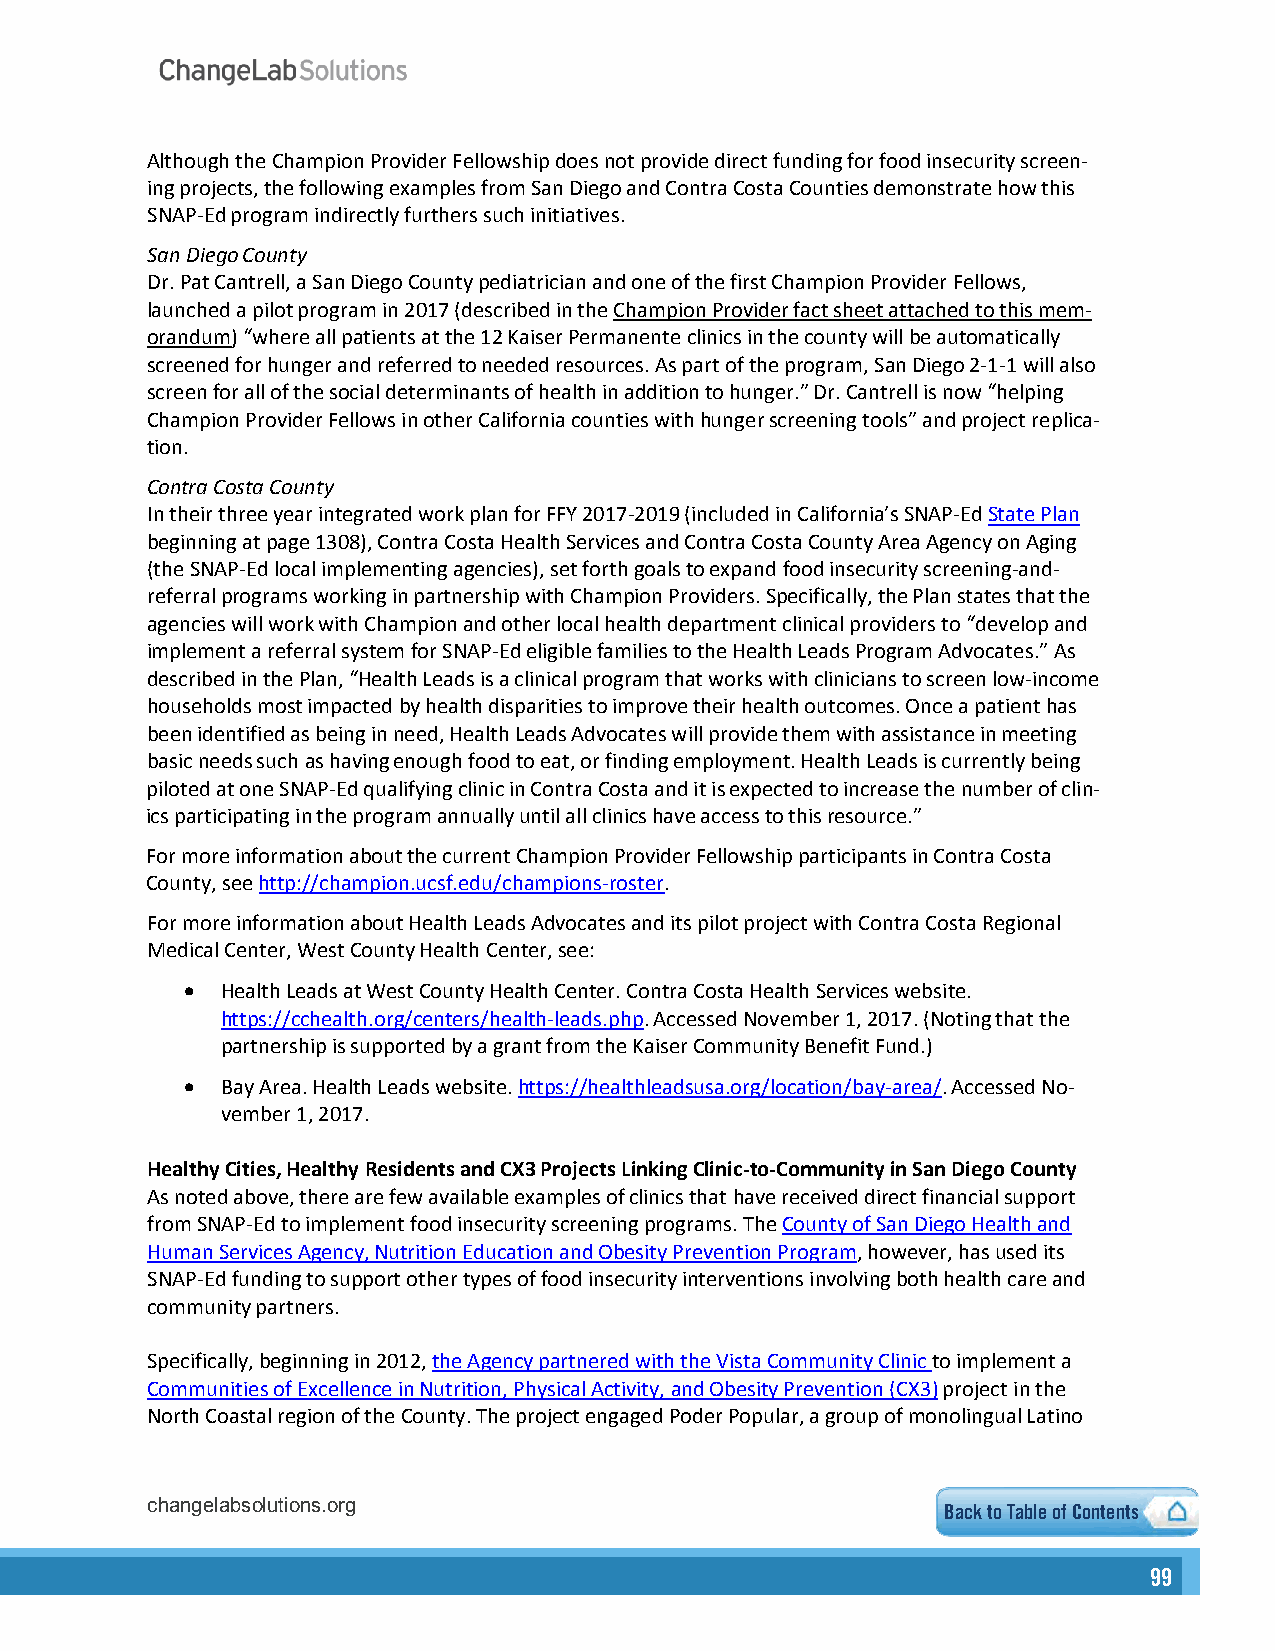
Although the Champion Provider Fellowship does not provide direct funding for food insecurity screen-
 ing projects, the following examples from San Diego and Contra Costa Counties demonstrate how this
 SNAP-Ed program indirectly furthers such initiatives.
 San Diego County
 Dr. Pat Cantrell, a San Diego County pediatrician and one of the first Champion Provider Fellows,
 launched a pilot program in 2017 (described in the Champion Provider fact sheet attached to this mem-
 orandum) “where all patients at the 12 Kaiser Permanente clinics in the county will be automatically
 screened for hunger and referred to needed resources. As part of the program, San Diego 2-1-1 will also
 screen for all of the social determinants of health in addition to hunger.” Dr. Cantrell is now “helping
 Champion Provider Fellows in other California counties with hunger screening tools” and project replica-
 tion.
 Contra Costa County
 In their three year integrated work plan for FFY 2017-2019 (included in California’s SNAP-Ed State Plan
 beginning at page 1308), Contra Costa Health Services and Contra Costa County Area Agency on Aging
 (the SNAP-Ed local implementing agencies), set forth goals to expand food insecurity screening-and-
 referral programs working in partnership with Champion Providers. Specifically, the Plan states that the
 agencies will work with Champion and other local health department clinical providers to “develop and
 implement a referral system for SNAP-Ed eligible families to the Health Leads Program Advocates.” As
 described in the Plan, “Health Leads is a clinical program that works with clinicians to screen low-income
 households most impacted by health disparities to improve their health outcomes. Once a patient has
 been identified as being in need, Health Leads Advocates will provide them with assistance in meeting
 basic needs such as having enough food to eat, or finding employment. Health Leads is currently being
 piloted at one SNAP-Ed qualifying clinic in Contra Costa and it is expected to increase the number of clin-
 ics participating in the program annually until all clinics have access to this resource.”
 For more information about the current Champion Provider Fellowship participants in Contra Costa
 County, see http://champion.ucsf.edu/champions-roster.
 For more information about Health Leads Advocates and its pilot project with Contra Costa Regional
 Medical Center, West County Health Center, see:
   Health Leads at West County Health Center. Contra Costa Health Services website.
 https://cchealth.org/centers/health-leads.php. Accessed November 1, 2017. (Noting that the
 partnership is supported by a grant from the Kaiser Community Benefit Fund.)
   Bay Area. Health Leads website. https://healthleadsusa.org/location/bay-area/. Accessed No-
 vember 1, 2017.
 Healthy Cities, Healthy Residents and CX3 Projects Linking Clinic-to-Community in San Diego County
 As noted above, there are few available examples of clinics that have received direct financial support
 from SNAP-Ed to implement food insecurity screening programs. The County of San Diego Health and
 Human Services Agency, Nutrition Education and Obesity Prevention Program, however, has used its
 SNAP-Ed funding to support other types of food insecurity interventions involving both health care and
 community partners.
 Specifically, beginning in 2012, the Agency partnered with the Vista Community Clinic to implement a
 Communities of Excellence in Nutrition, Physical Activity, and Obesity Prevention (CX3) project in the
 North Coastal region of the County. The project engaged Poder Popular, a group of monolingual Latino
 changelabsolutions.org                               Back to Table of Contents
 99